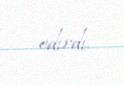
edirdi.